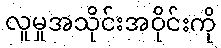
လူမှုအသိုင်းအဝိုင်းကို